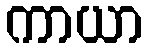
ကာယာ